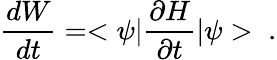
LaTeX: \frac{dW}{dt}=<\psi|\frac{\partial H}{\partial t}|\psi>\; \; .